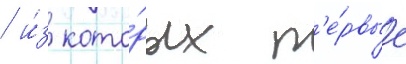
/ и́з кото́рых п'е́рвые